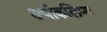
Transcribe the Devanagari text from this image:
अपॉकलिप्स